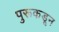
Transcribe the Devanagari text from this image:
पुरूकडून